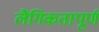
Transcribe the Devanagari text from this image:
लैंगिकतापूर्ण